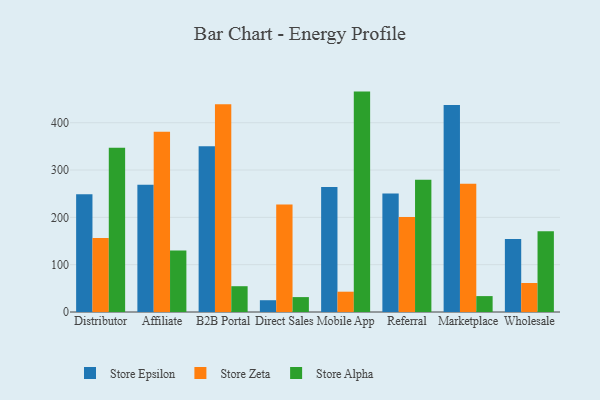
{"axis": {"x": "Channel", "y": "Budget (USD K)"}, "legend": ["Store Alpha", "Store Epsilon", "Store Zeta"], "data": [{"x": "Distributor", "y": 248.9, "type": "Store Epsilon"}, {"x": "Distributor", "y": 156.5, "type": "Store Zeta"}, {"x": "Distributor", "y": 347.2, "type": "Store Alpha"}, {"x": "Affiliate", "y": 268.8, "type": "Store Epsilon"}, {"x": "Affiliate", "y": 380.9, "type": "Store Zeta"}, {"x": "Affiliate", "y": 129.8, "type": "Store Alpha"}, {"x": "B2B Portal", "y": 350.2, "type": "Store Epsilon"}, {"x": "B2B Portal", "y": 439.2, "type": "Store Zeta"}, {"x": "B2B Portal", "y": 54.5, "type": "Store Alpha"}, {"x": "Direct Sales", "y": 24.9, "type": "Store Epsilon"}, {"x": "Direct Sales", "y": 227.1, "type": "Store Zeta"}, {"x": "Direct Sales", "y": 31.5, "type": "Store Alpha"}, {"x": "Mobile App", "y": 264.4, "type": "Store Epsilon"}, {"x": "Mobile App", "y": 42.9, "type": "Store Zeta"}, {"x": "Mobile App", "y": 465.8, "type": "Store Alpha"}, {"x": "Referral", "y": 250.2, "type": "Store Epsilon"}, {"x": "Referral", "y": 200.7, "type": "Store Zeta"}, {"x": "Referral", "y": 279.4, "type": "Store Alpha"}, {"x": "Marketplace", "y": 437.4, "type": "Store Epsilon"}, {"x": "Marketplace", "y": 271.0, "type": "Store Zeta"}, {"x": "Marketplace", "y": 33.6, "type": "Store Alpha"}, {"x": "Wholesale", "y": 154.5, "type": "Store Epsilon"}, {"x": "Wholesale", "y": 61.3, "type": "Store Zeta"}, {"x": "Wholesale", "y": 170.8, "type": "Store Alpha"}]}